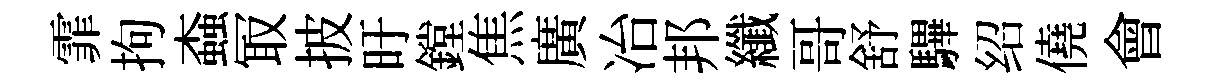
霏拘螙冣披旴鏜焦廣冶邦纖哥舒驆绍僥會